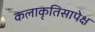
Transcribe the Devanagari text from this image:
कलाकृतिसापेक्ष